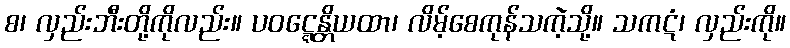
စ၊ လှည်းဘီးတို့ကိုလည်း။ ပဝဋ္ဋေန္တိယထာ၊ လိမ့်စေကုန်သကဲ့သို့။ သကဋံ၊ လှည်းကို။